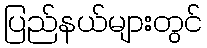
ပြည်နယ်များတွင်